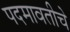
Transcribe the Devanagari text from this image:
पदमावतीचे